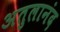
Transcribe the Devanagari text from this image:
अतुलानंद